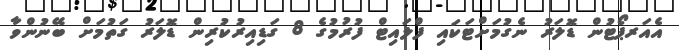
އެއަރޕޯޓުން ޑޮލަރު ނެގުމަށްޓަކައި ފްލައިޓް ފުރުމުގެ 8 ގަޑިއިރުކުރިން ޑޮލަރު ގަތުމަށް ބޭނުންވާ